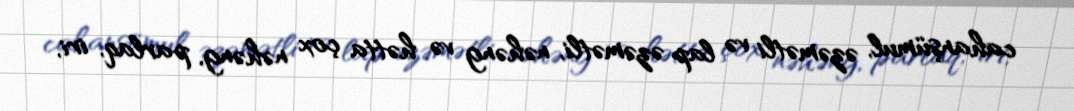
cahanşümul, əzəmətli və lap əzəmətli, nəhəng və hətta çox nəhəng, parlaq, iri,